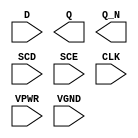
module sky130_fd_sc_hs__sdfxbp (
    //# {{data|Data Signals}}
    input  D   ,
    output Q   ,
    output Q_N ,

    //# {{scanchain|Scan Chain}}
    input  SCD ,
    input  SCE ,

    //# {{clocks|Clocking}}
    input  CLK ,

    //# {{power|Power}}
    input  VPWR,
    input  VGND
);
endmodule